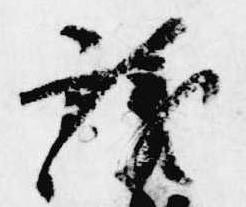
議